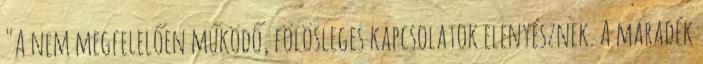
"A nem megfelelően működő, fölösleges kapcsolatok elenyésznek. A maradék